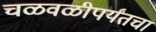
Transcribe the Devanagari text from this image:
चळवळीपर्यंतचा